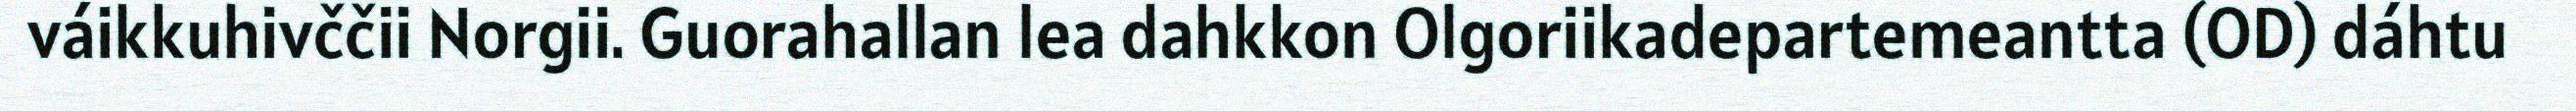
váikkuhivččii Norgii. Guorahallan lea dahkkon Olgoriikadepartemeantta (OD) dáhtu